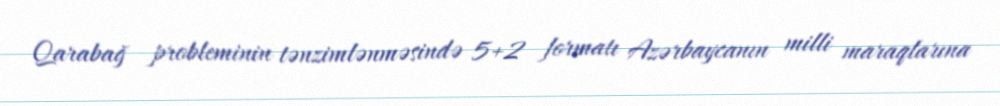
Qarabağ probleminin tənzimlənməsində 5+2 formatı Azərbaycanın milli maraqlarına